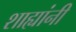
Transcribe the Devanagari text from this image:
शाह्यांनी